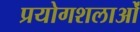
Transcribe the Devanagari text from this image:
प्रयोगशलाओं